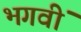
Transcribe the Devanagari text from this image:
भगवीं